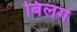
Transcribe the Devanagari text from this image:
बिलग